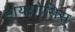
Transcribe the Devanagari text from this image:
डायग्नोसिस्